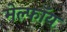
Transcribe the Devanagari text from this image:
मेल्फॉय